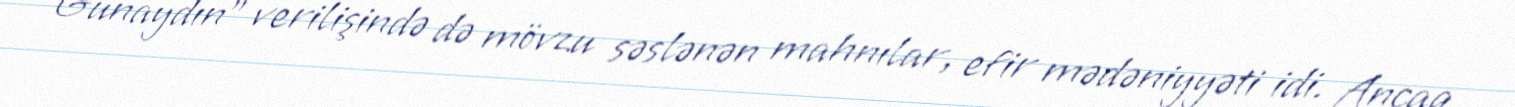
“Günaydın” verilişində də mövzu səslənən mahnılar, efir mədəniyyəti idi. Ancaq